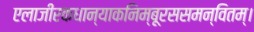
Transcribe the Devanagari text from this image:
एलाजीरकधान्याकनिम्बूरससमन्वितम्।